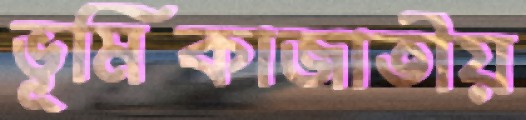
ভূমিকাজাতীয়